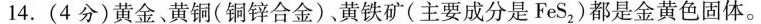
14.(4分)黄金、黄铜(铜锌合金)，黄铁矿(主要成分是FeS_{2})都是金黄色固体。